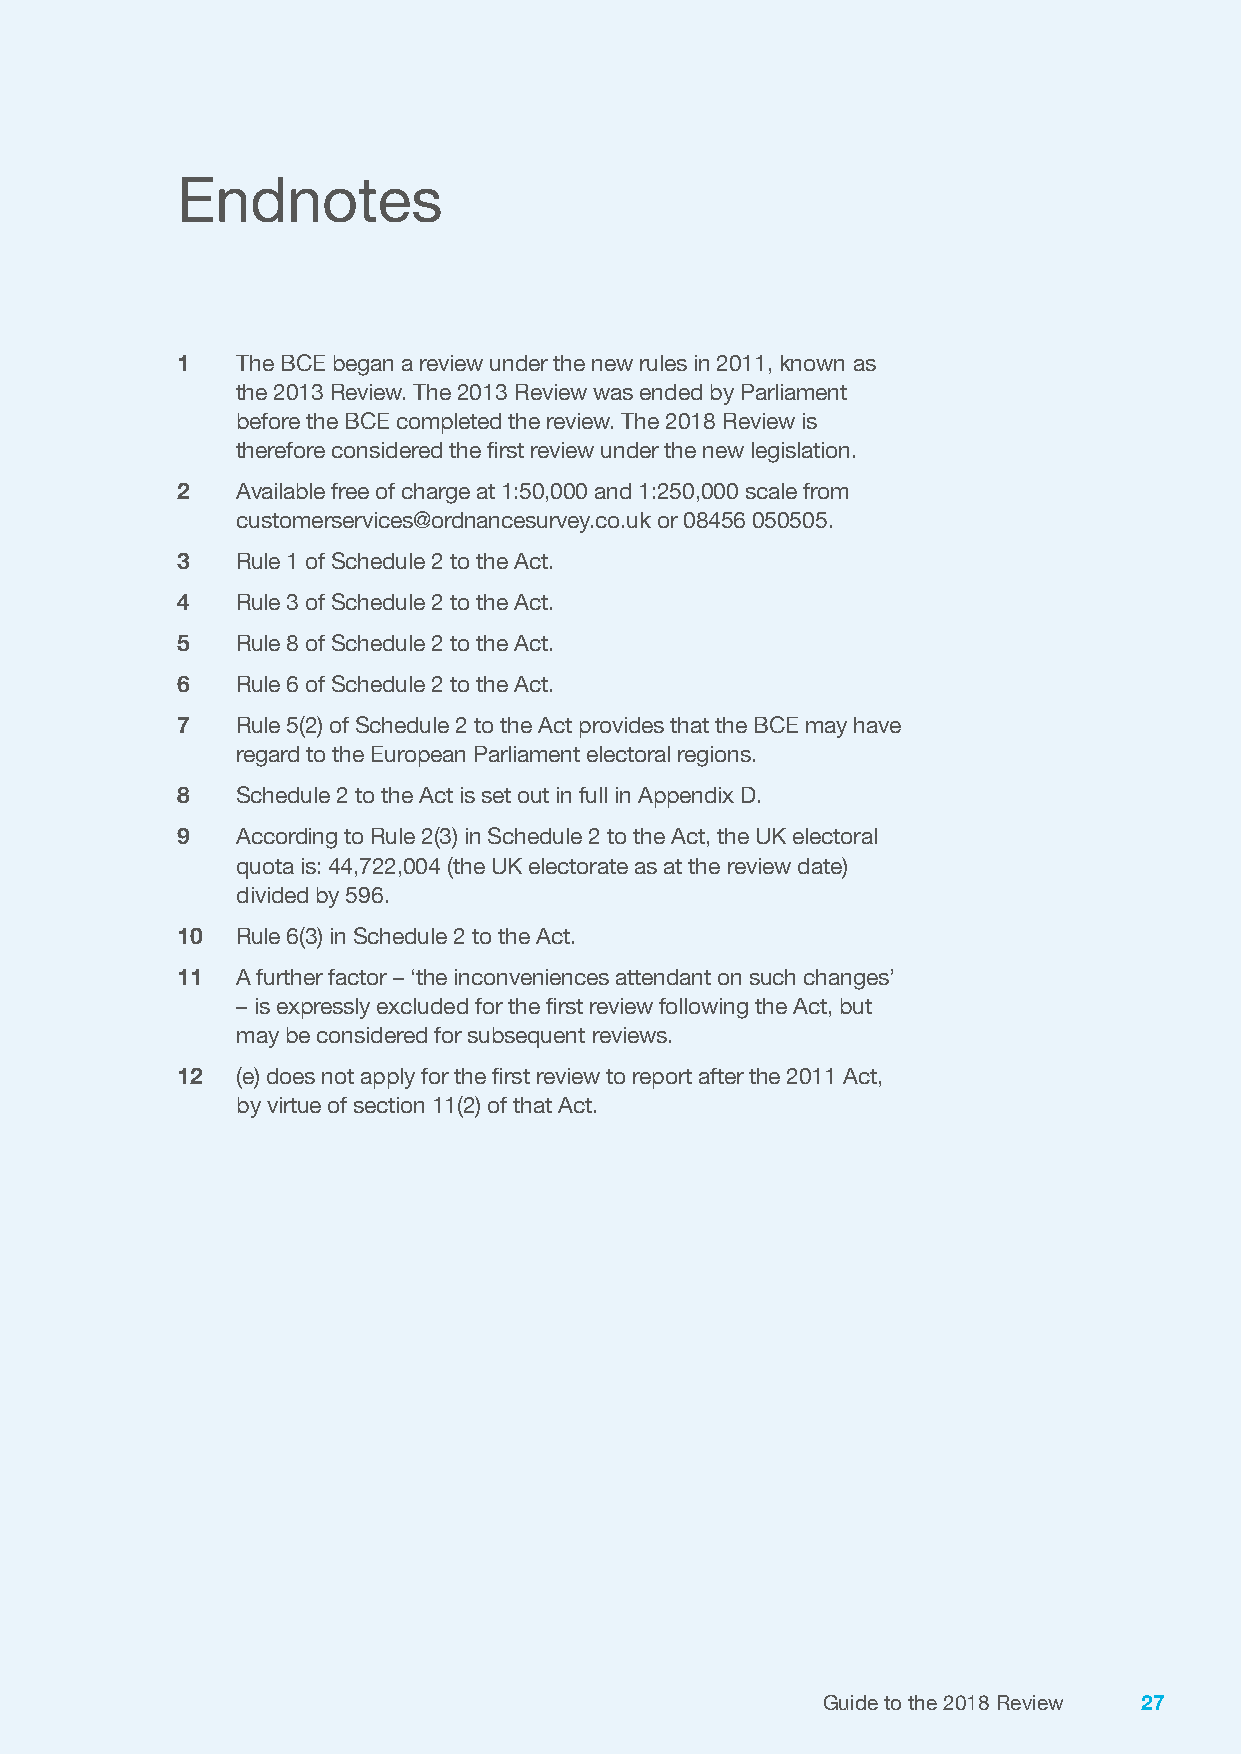
Endnotes
 1   The BCE began a review under the new rules in 2011, known as
 the 2013 Review. The 2013 Review was ended by Parliament
 before the BCE completed the review. The 2018 Review is
 therefore considered the first review under the new legislation.
 2   Available free of charge at 1:50,000 and 1:250,000 scale from
 customerservices@ordnancesurvey.co.uk or 08456 050505.
 3   Rule 1 of Schedule 2 to the Act.
 4   Rule 3 of Schedule 2 to the Act.
 5   Rule 8 of Schedule 2 to the Act.
 6   Rule 6 of Schedule 2 to the Act.
 7   Rule 5(2) of Schedule 2 to the Act provides that the BCE may have
 regard to the European Parliament electoral regions.
 8   Schedule 2 to the Act is set out in full in Appendix D.
 9   According to Rule 2(3) in Schedule 2 to the Act, the UK electoral
 quota is: 44,722,004 (the UK electorate as at the review date)
 divided by 596.
 10  Rule 6(3) in Schedule 2 to the Act.
 11  A further factor – ‘the inconveniences attendant on such changes’
 – is expressly excluded for the first review following the Act, but
 may be considered for subsequent reviews.
 12  (e) does not apply for the first review to report after the 2011 Act,
 by virtue of section 11(2) of that Act.
 Guide to the 2018 Review 27